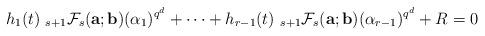
LaTeX: \begin{align*}&h_1(t)~_{s+1}\mathcal{F}_{s}({\bf a}; {\bf b})(\alpha_1)^{q^d}+\cdots+h_{r-1}(t)~_{s+1}\mathcal{F}_{s}({\bf a}; {\bf b})(\alpha_{r-1})^{q^d}+R=0\end{align*}